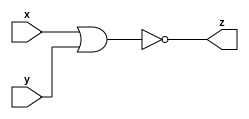

//Model to NOR Gate

module norgate(x,y,z);

input x,y;
output z;

assign z=~(x | y);

endmodule